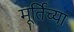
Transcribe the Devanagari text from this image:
मूर्तिच्या